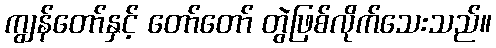
ကျွန်တော်နှင့် တော်တော် တွဲဖြစ်လိုက်သေးသည်။